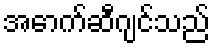
အောက်ဆီဂျင်သည်